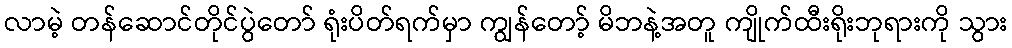
လာမဲ့ တန်ဆောင်တိုင်ပွဲတော် ရုံးပိတ်ရက်မှာ ကျွန်တော့် မိဘနဲ့အတူ ကျိုက်ထီးရိုးဘုရားကို သွား